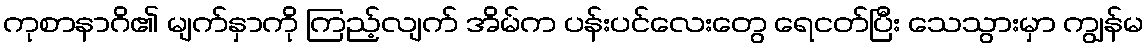
ကုစာနာဂိ၏ မျက်နှာကို ကြည့်လျက် အိမ်က ပန်းပင်လေးတွေ ရေငတ်ပြီး သေသွားမှာ ကျွန်မ